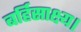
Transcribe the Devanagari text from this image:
बर्हिसाक्ष्य।